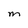
Character: M